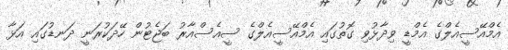
އެމްއޭސީއެލްގެ އެމްޑީ ވިދާޅުވި ގޮތުގައި އެމްއޭސީއެލްގެ ސީއެސްއާރު ބަޖެޓުން ހޭދަކުރަނީ ދަނޑުގައި އަޅާ